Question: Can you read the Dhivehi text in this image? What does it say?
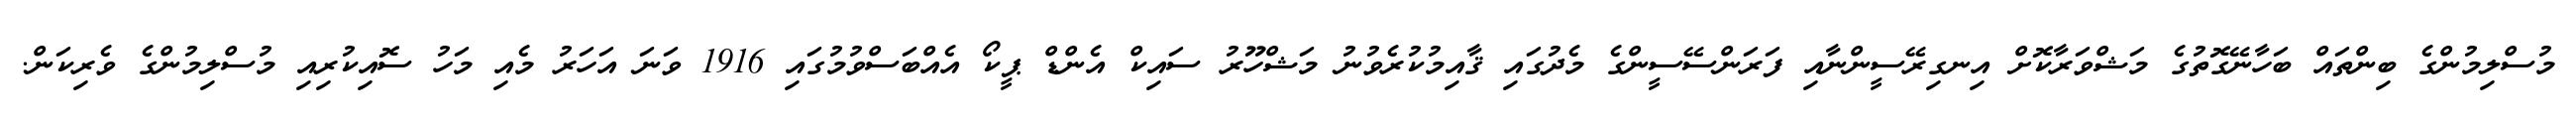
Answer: މުސްލިމުންގެ ބިންތައް ބަހާނޭގޮތުގެ މަޝްވަރާކޮށް އިނގިރޭސީންނާއި ފަރަންސޭސީންގެ މެދުގައި ޤާއިމުކުރެވުނު މަޝްހޫރު ސައިކް އެންޑް ޕީކޯ އެއްބަސްވުމުގައި 1916 ވަނަ އަހަރު މެއި މަހު ސޮއިކުރިއި މުސްލިމުންގެ ވެރިކަން.